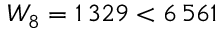
W _ { 8 } = 1 \, 3 2 9 < 6 \, 5 6 1